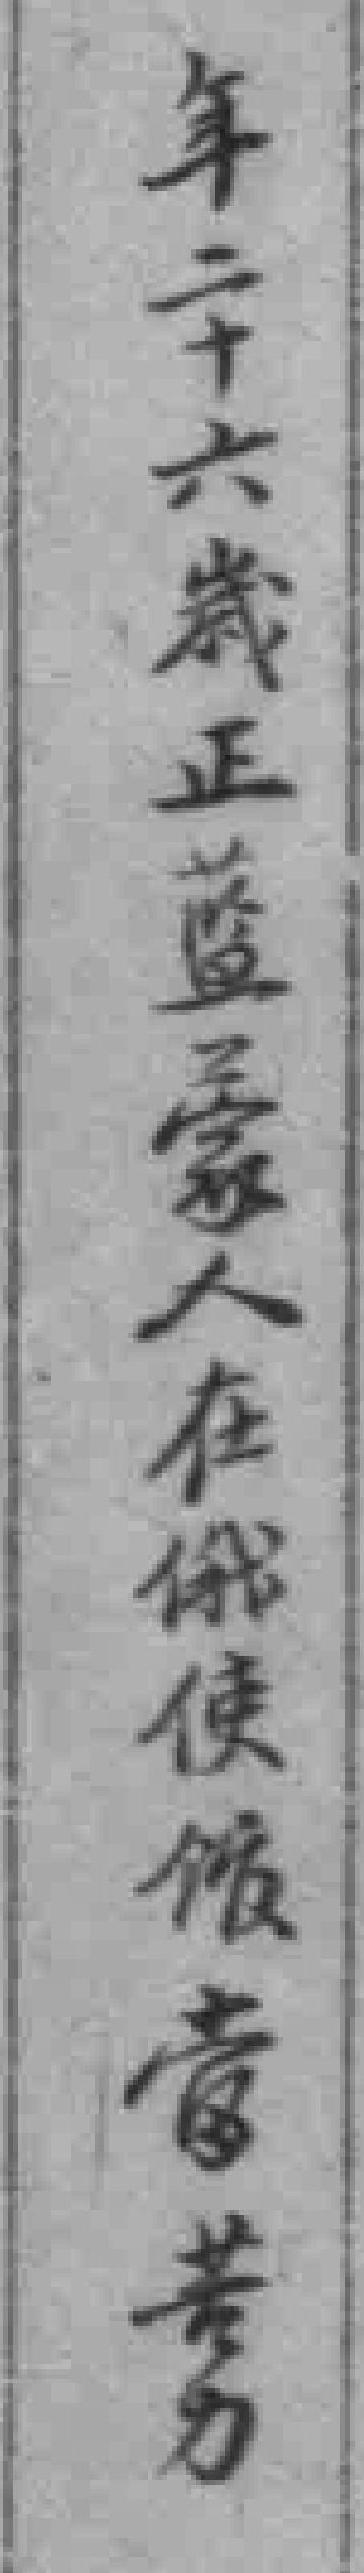
年二十六歲正蓝工家人在俄使馆當苦力